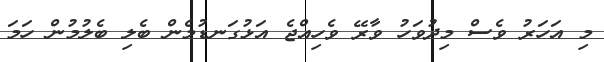
މި އަހަރު ވެސް މިދުވަހު ވާރޭ ވެހިއްޖެ އަޅުގަނޑުމެން ބެލި ބެލުމުން ހަމަ